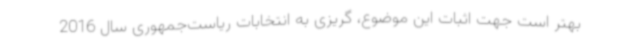
بهتر است جهت اثبات این موضوع، گریزی به انتخابات ریاست‌جمهوری سال 2016